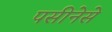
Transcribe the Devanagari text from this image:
पसीनेसे